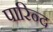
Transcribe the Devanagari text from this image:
पारिन्द